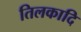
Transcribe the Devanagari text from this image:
तिलकादि